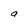
Character: a